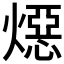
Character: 𪹪